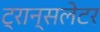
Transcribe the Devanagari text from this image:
ट्रान्सलेटर